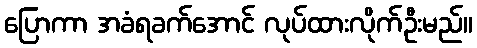
ပြောကာ အခံရခက်အောင် လုပ်ထားလိုက်ဦးမည်။